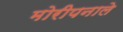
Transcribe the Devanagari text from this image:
मोरीपनाले